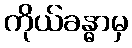
ကိုယ်ခန္ဓာမှ